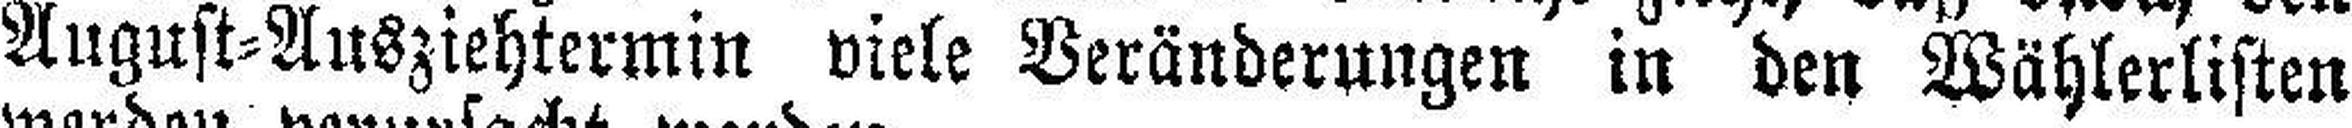
August=Ausziehtermin viele Veränderungen in den Wählerlisten